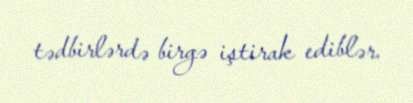
tədbirlərdə birgə iştirak ediblər.